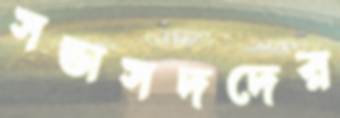
সভাসদদের